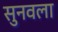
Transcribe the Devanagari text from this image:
सुनवला